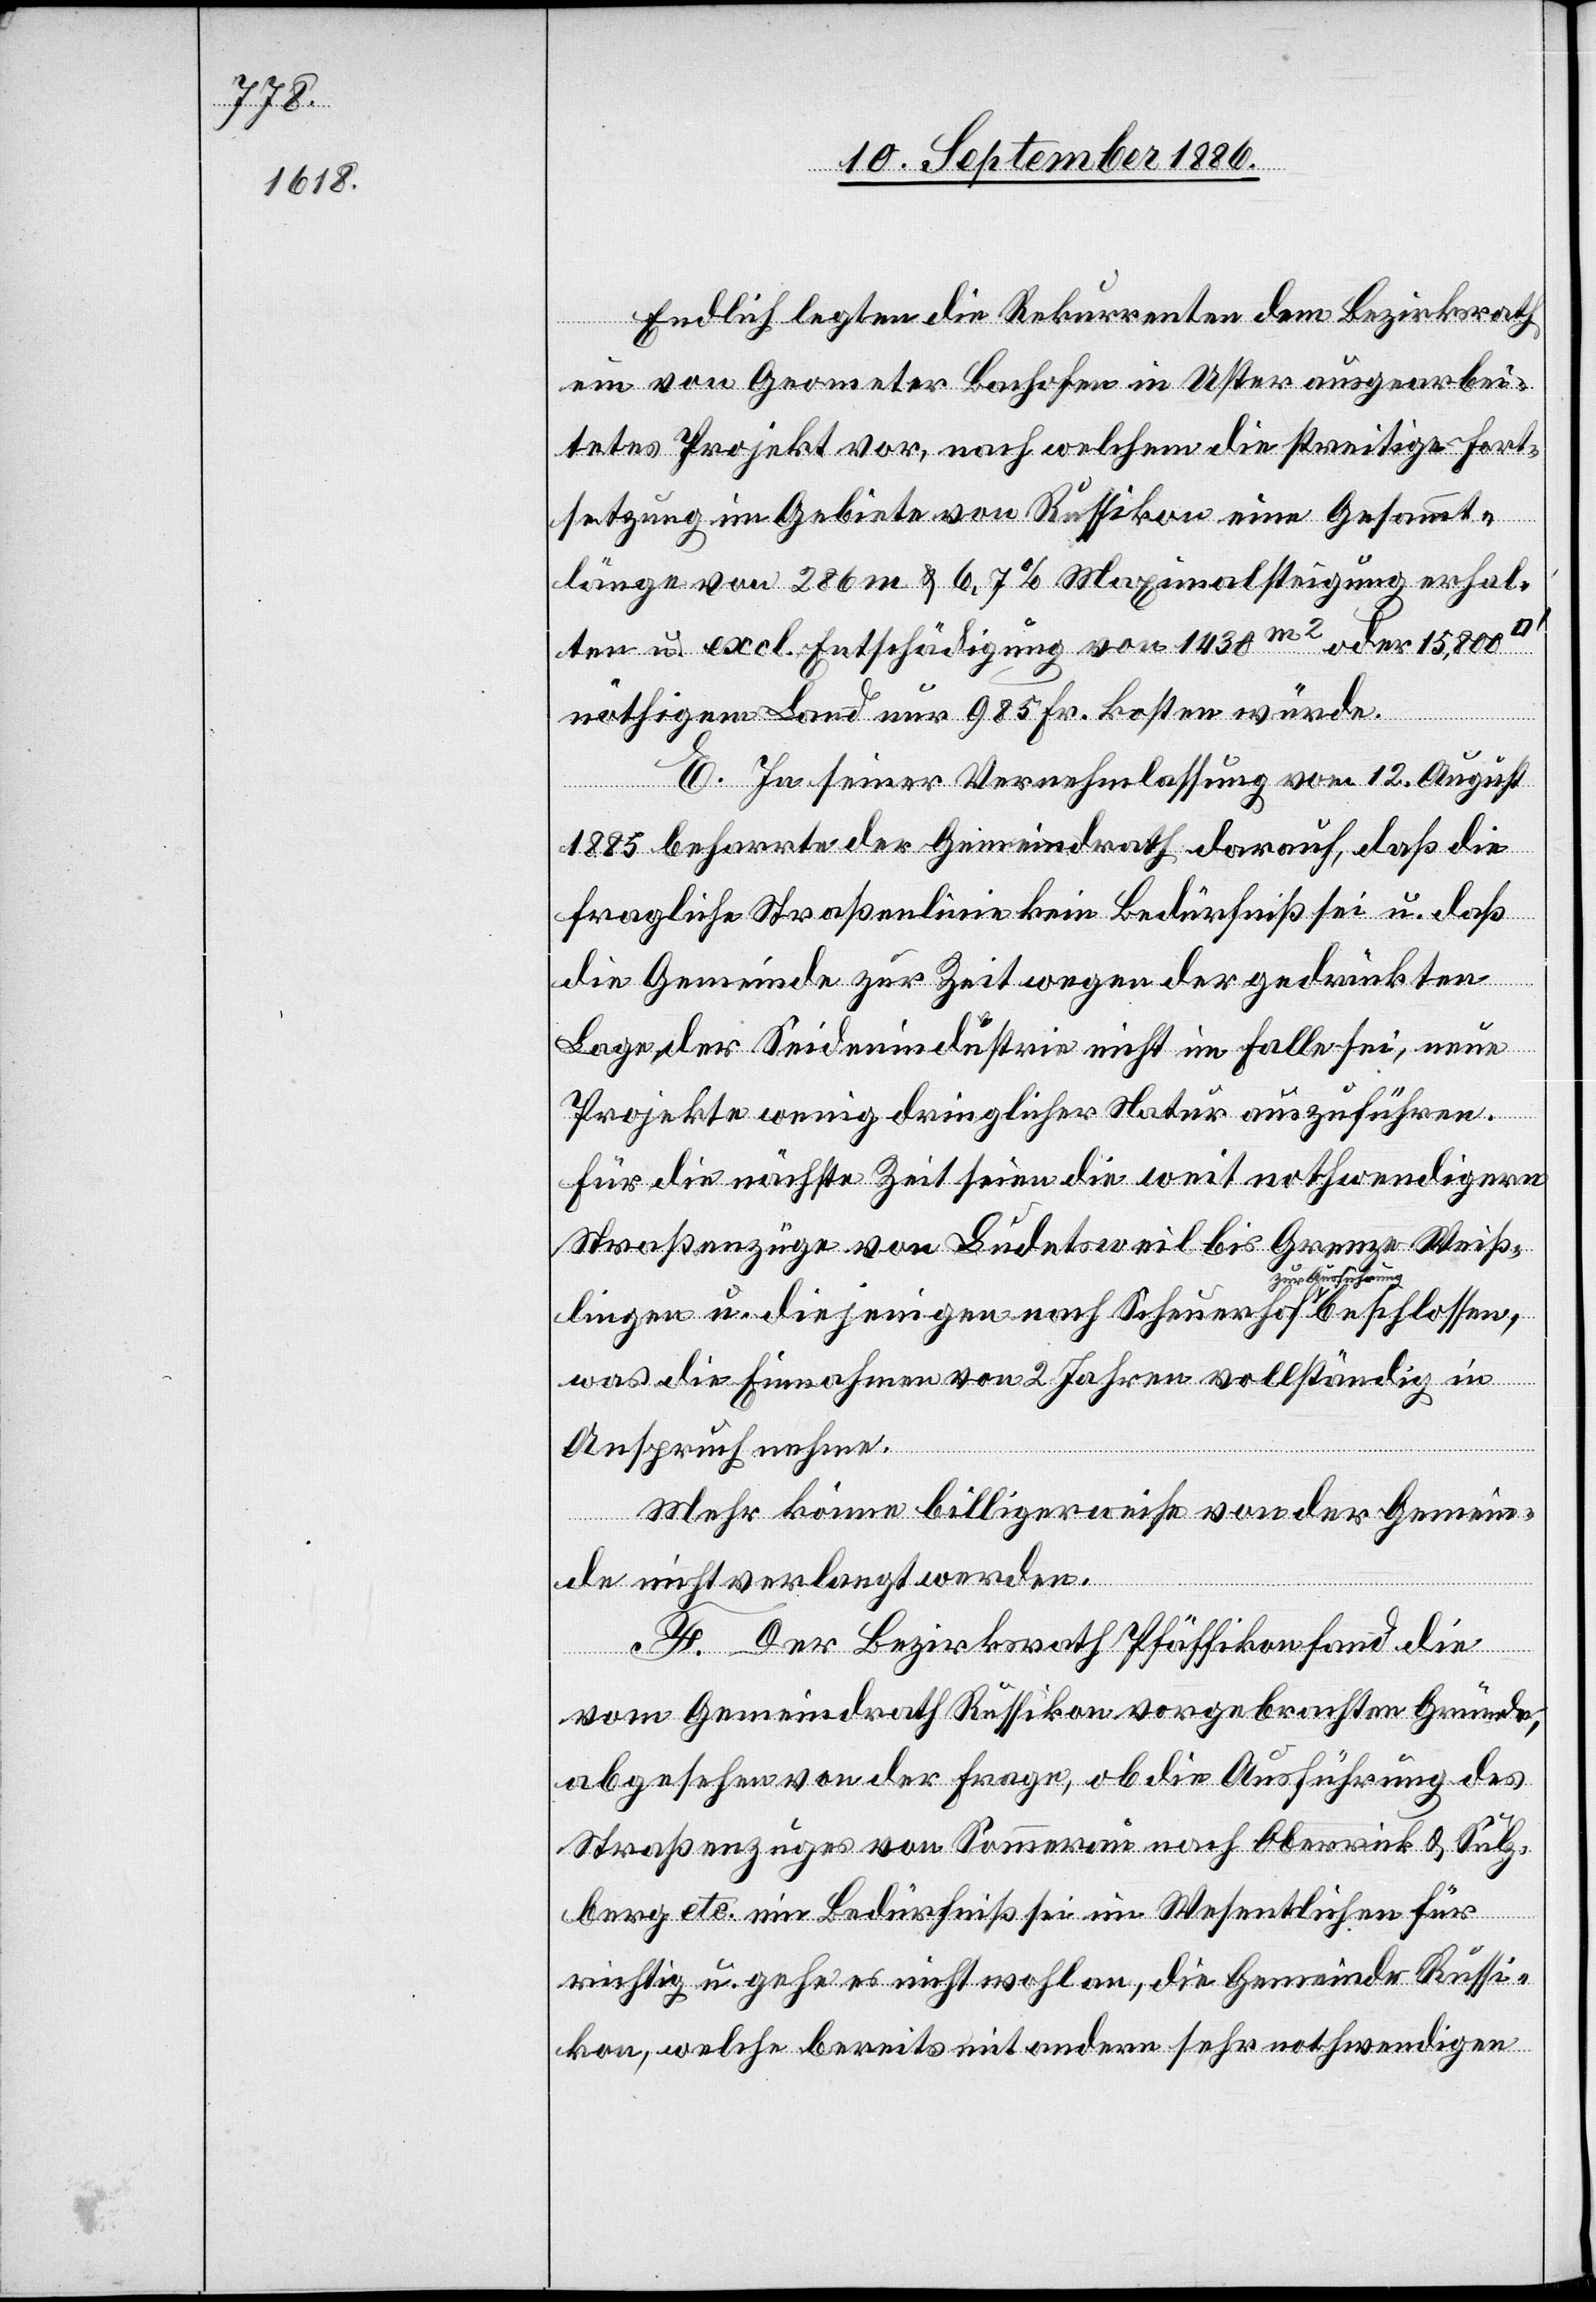
Endlich legten die Rekurrenten dem Bezirksrath
ein von Geometer Bachofen in Uster ausgearbei¬
tetes Projekt vor, nach welchem die streitige Fort¬
setzung im Gebiete von Russikon eine Gesammt¬
länge von 286 m & 6,7% Maximalsteigung erhal¬
ten & excl. Entschädigung von 1430m2 oder 15,800
nöthigem Land nur 985 Fr. kosten würde.
E. In seiner Vernehmlassung vom 12. August
1885 beharrte der Gemeindrath darauf, daß die
fragliche Straßenlinie kein Bedürfniß sei u. daß
die Gemeinde zur Zeit wegen der gedrückten
g-a
Lage der Seidenindustrie nicht im Falle sei, neue
Projekte wenig dringlicher Natur auszuführen.
Für die nächste Zeit seien die weit nothwendigern
Straßenzüge von Ludetsweil bis Grenze Weiß¬
lingen u. diejenigen nach Scheuerhof a-zur Aus¬
was die Einnahmen von 2 Jahren vollständig in
Anspruch nehme.
Mehr könne billigerweise von der Gemein¬
de nicht verlangt werden.
F. Der Bezirksrath Pfäffikon fand die
vom Gemeindrath Russikon vorgebrachten Gründe,
abgesehen von der Frage, ob die Ausführung des
Straßenzuges von Sommerau nach Oberrick & Sulz¬
berg etc. ein Bedürfniß sei im Wesentlichen für
richtig u. gehe es nicht wohl an, die Gemeinde Russi¬
kon, welche bereits mit andern sehr nothwendigen